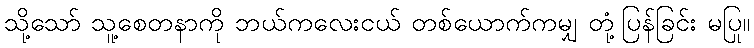
သို့သော် သူ့စေတနာကို ဘယ်ကလေးငယ် တစ်ယောက်ကမျှ တုံ့ပြန်ခြင်း မပြု။